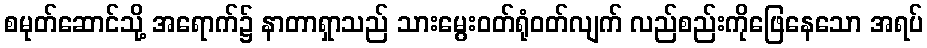
စမုတ်ဆောင်သို့ အရောက်၌ နာတာရှာသည် သားမွေးဝတ်ရုံဝတ်လျက် လည်စည်းကိုဖြေနေသော အရပ်